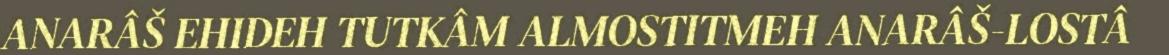
ANARÂŠ EHIDEH TUTKÂM ALMOSTITMEH ANARÂŠ-LOSTÂ